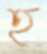
হ